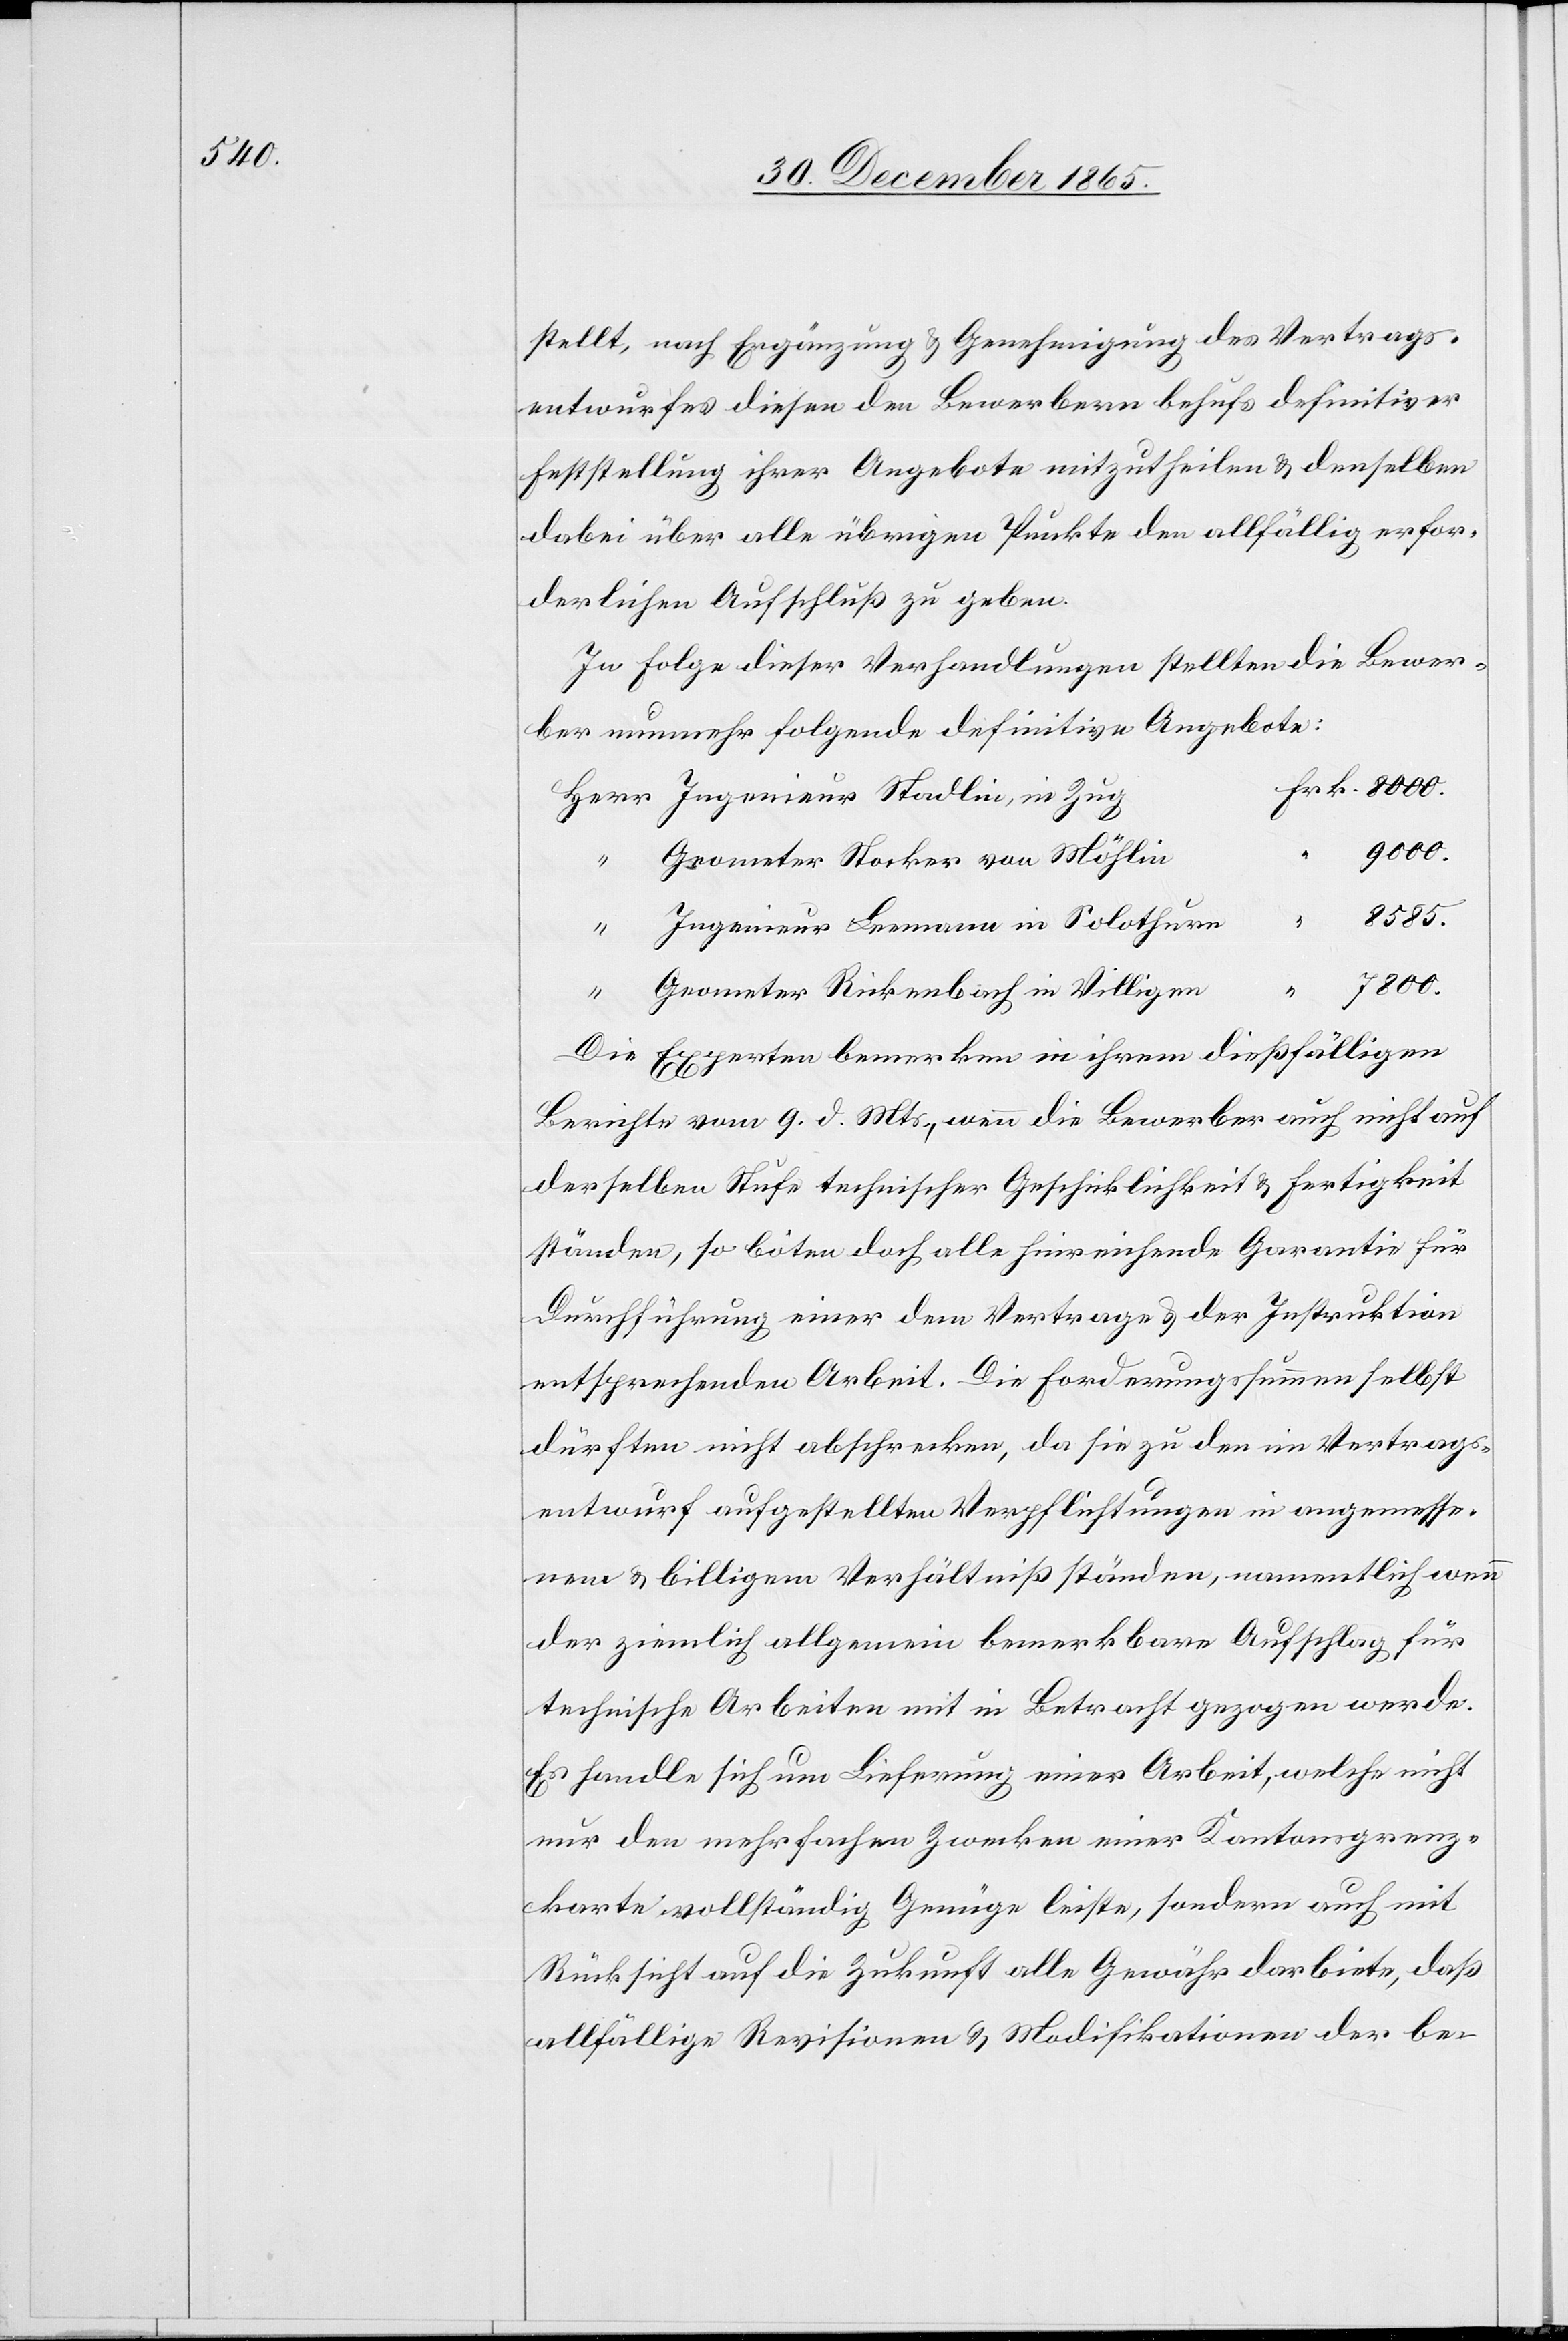
stellt, nach Ergänzung & Genehmigung des Vertrags¬
entwurfes diesen den Bewerbern behufs definitiver
Feststellung ihrer Angebote mitzutheilen & denselben
dabei über alle übrigen Punkte den allfällig erfor¬
derlichen Aufschluß zu geben.
In Folge dieser Verhandlungen stellten die Bewer¬
ber nunmehr folgende definitive Angebote:
9000.
Geometer Stocker von Möhlin
8585.
Frk.
Ingenieur Leemann in Solothurn
7800.
Geometer Rickenbach in Villigen
Die Experten bemerkten in ihrem dießfälligen
Berichte vom 9. d. Mts., wenn die Bewerber auch nicht auf
derselben Stufe technischer Geschicklichkeit & Fertigkeit
ständen, so böten doch alle hinreichende Garantie für
Durchführung einer dem Vertrage & der Instruktion
entsprechenden Arbeit. Die Forderungssumme selbst
dürfte nicht abschrecken, da sie zu den im Vertrags¬
entwurf aufgestellten Verpflichtungen in angemesse¬
nem & billigem Verhältniß ständen, namentlich wenn
der ziemlich allgemein bemerkbare Aufschlag für
technische Arbeiten mit in Betracht gezogen werde.
Es handle sich um Lieferung einer Arbeit, welche nicht
nur den mehrfachen Zwecken einer Kantonsgrenz¬
karte vollständig Genüge leiste, sondern auch mit
Rücksicht auf die Zukunft alle Gewähr darbiete, daß
allfällige Revisionen & Modifikationen der be-